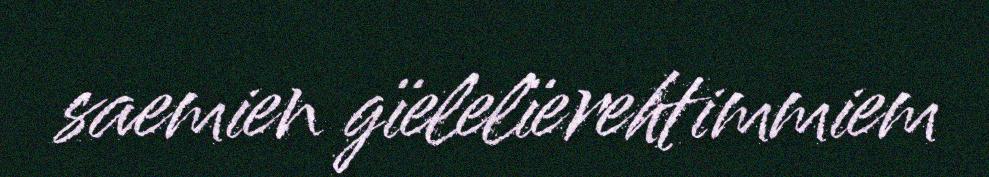
saemien gïelelïerehtimmiem